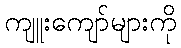
ကျူးကျော်များကို